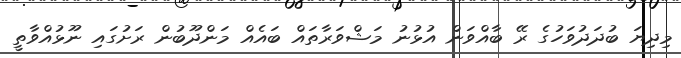
މިދިޔަ ބުދަދުވަހުގެ ރޭ ބާއްވަން އުޅުނު މަޝްވަރާތައް ބައެއް މަންދޫބުން ރަށުގައި ނޫޅުއްވާތީ